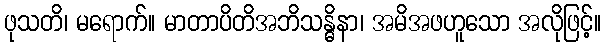
ဖုသတိ၊ မရောက်။ မာတာပိတိအဘိသန္ဓိနာ၊ အမိအဖဟူသော အလိုဖြင့်။